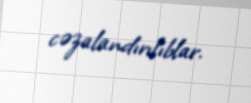
cəzalandırılıblar.